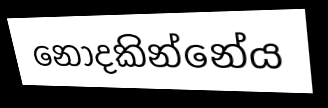
නොදකින්නේය